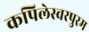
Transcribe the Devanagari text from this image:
कपिलेस्वरपुरम